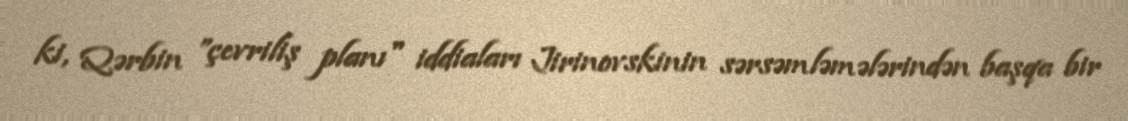
ki, Qərbin ”çevriliş planı" iddiaları Jirinovskinin sərsəmləmələrindən başqa bir